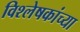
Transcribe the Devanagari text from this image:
विश्लेषकांच्या